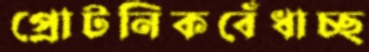
প্রোটনিকবেঁধাচ্ছ